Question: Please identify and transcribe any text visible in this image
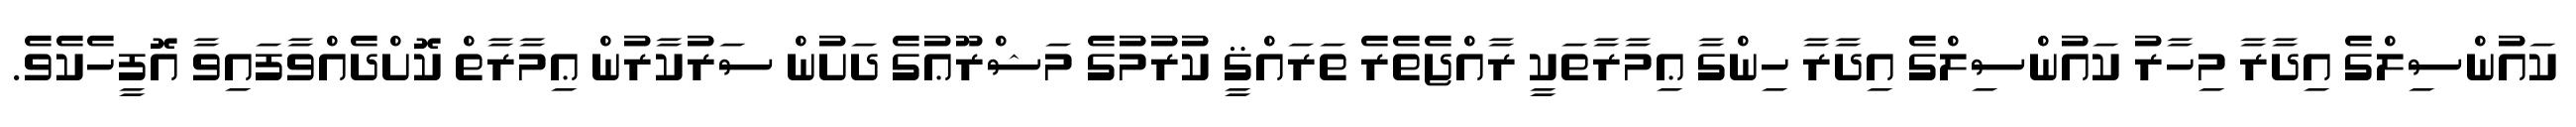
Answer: ކައުންސިލްގެ އިދާރާ މިހާރު ކައުންސިލްގެ އިދާރާ ހިންގާ ޢިމާރާތަކީ ރާއްޖެތެރެ ތަރައްޤީ ކުރުމުގެ މަޝްރޫޢުގެ ދަށުން ސަރުކާރުން ޢިމާރާތް ކޮށްދެއްވާފައިވާ އޮފީހެކެވެ.